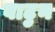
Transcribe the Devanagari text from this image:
वाटुन